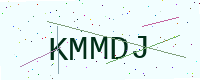
Text: KMMDJ